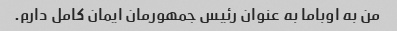
من به اوباما به عنوان رئیس جمهورمان ایمان کامل دارم.